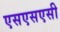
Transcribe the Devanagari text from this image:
एसएसएसी